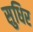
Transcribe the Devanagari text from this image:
सुधिर